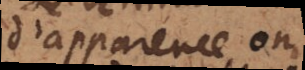
d’apparence on